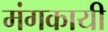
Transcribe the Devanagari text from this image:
मंगकायी